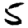
Digit: 5